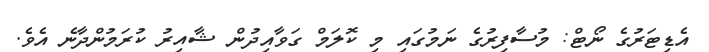
އެޑިޓަރުގެ ނޯޓް: މުސާފިރުގެ ނަމުގައި މި ކޮލަމް ގަވާއިދުން ޝާއިރު ކުރަމުންދާނެ އެވެ.